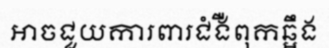
អាចជួយការពារជំងឺពុកឆ្អឹង